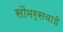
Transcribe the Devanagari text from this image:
सौमर्सबाई